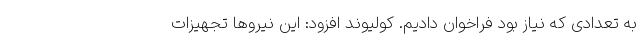
به تعدادی که نیاز بود فراخوان دادیم. کولیوند افزود: این نیروها تجهیزات